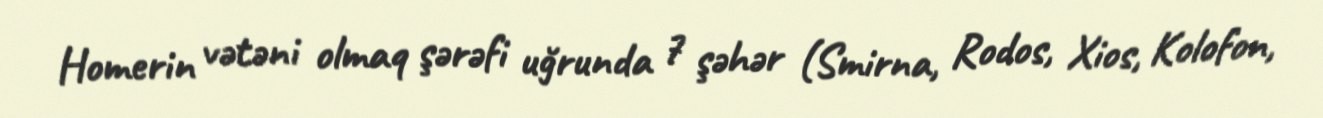
Homerin vətəni olmaq şərəfi uğrunda 7 şəhər (Smirna, Rodos, Xios, Kolofon,